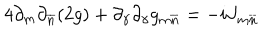
4 \partial _ { m } \partial _ { \overline { { { n } } } } ( 2 g ) + \partial _ { \gamma } \partial _ { \gamma } g _ { m \overline { { { n } } } } = - i J _ { m \overline { { { n } } } }